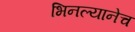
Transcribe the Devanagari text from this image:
भिनल्यानेच